Eesti_Vabariigi_Tartu_Ulikool, lk 274
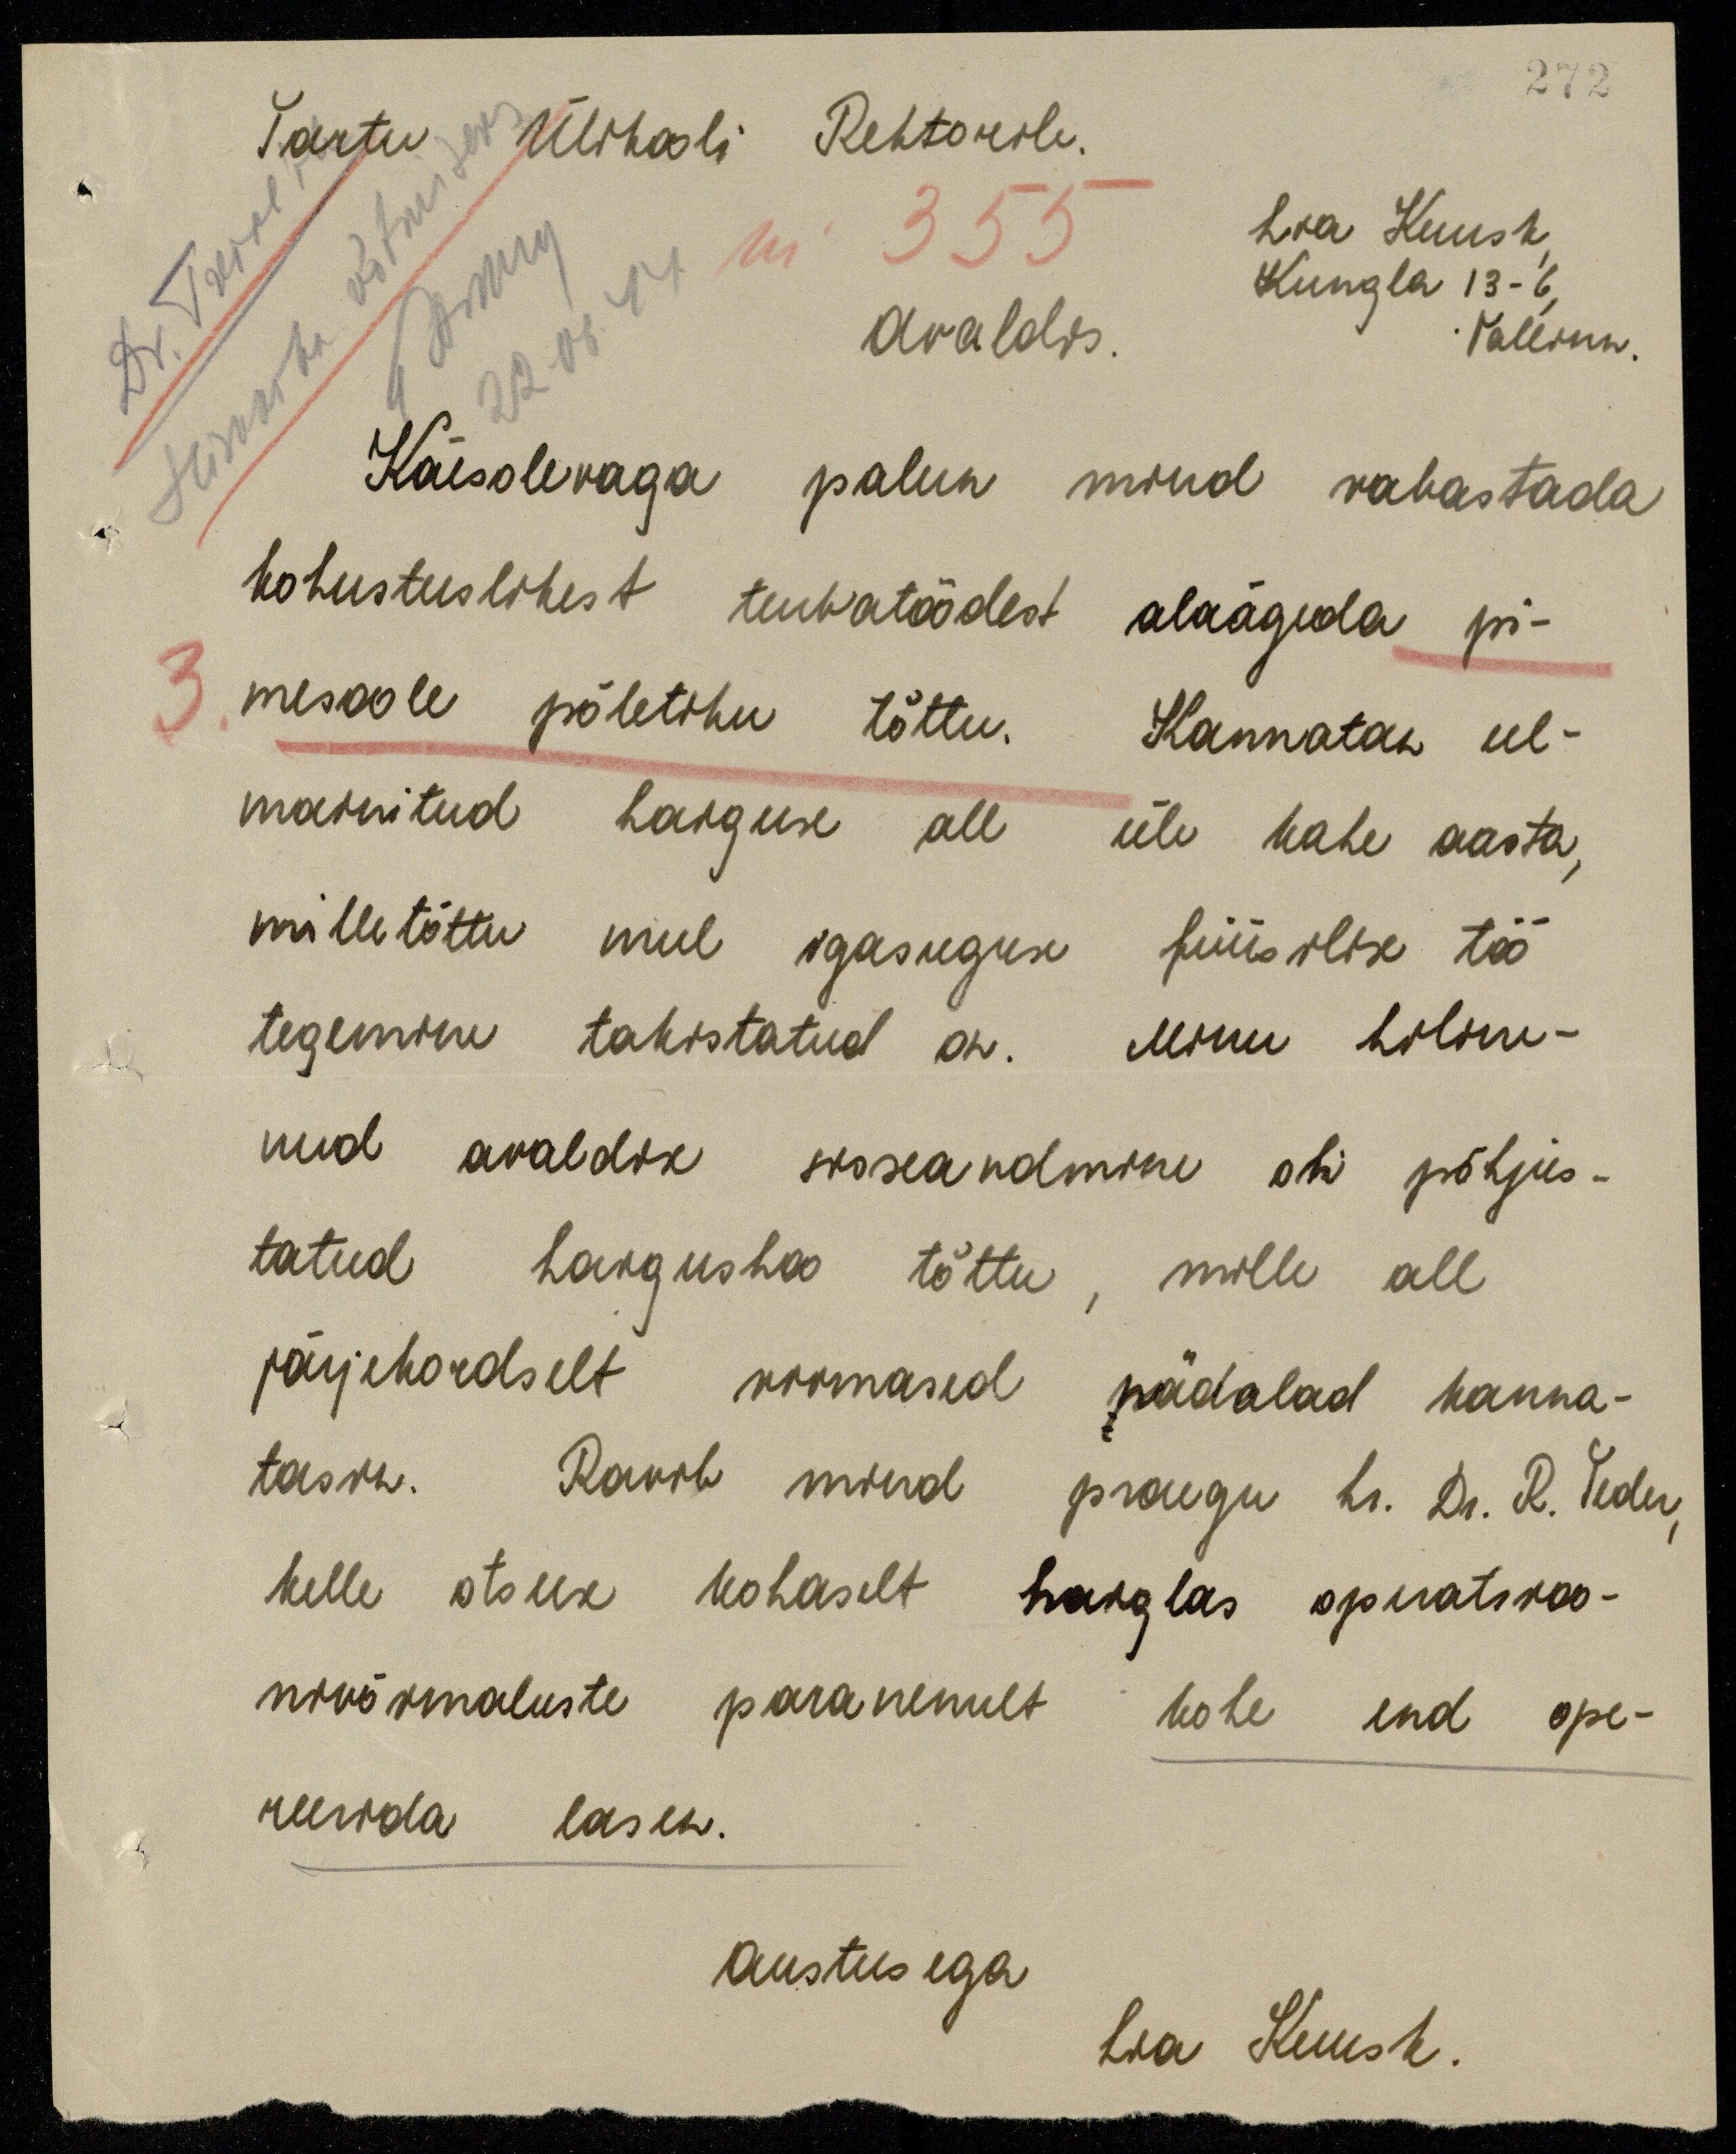
272
Ülikooli Rektorile.
Tartu
Seisukoha võtmiseks
Ülikooli Rektorile.
Dr Treial
Lia Kuusk
nr 355
6 m
Kungla 13-6
Avaldus
Tallinn,
22.06.44
Käesolevaga palun mind vabastada
kohustuslikest turbatöödest alaägeda pi-
3. mesoole põletiku tõttu. Kannatan eel-
mainitud haiguse all üle kahe aasta,
mille tõttu mul igasuguse füüsilise töö
tegemine takistatud on. Minu hiline-
nud avaldise sisseandmine oli põhjus-
tatud haigushoo tõttu, mille all
järjekordselt viimased nädalad kanna-
tasin. Ravib mind praegu hr. Dr. R. Teder,
kelle otsuse kohaselt haiglas operatsioo-
nivõimaluste paranenult kohe end ope-
reerida lasen.
Austusega
Lia Kuusk.